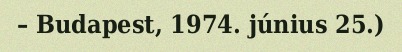
– Budapest, 1974. június 25.)